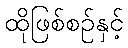
ထိုဖြစ်စဉ်နှင့်